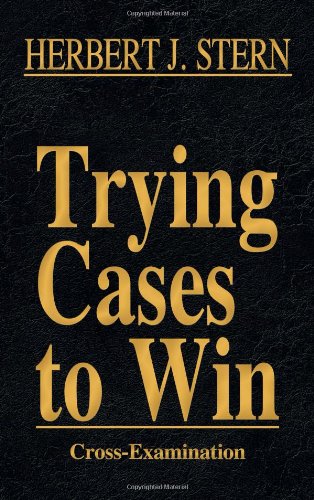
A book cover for Trying Cases to Win Vol. 3: Cross-Examination; Herbert Jay Stern; Law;